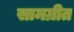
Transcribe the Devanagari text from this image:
सामग्रीत